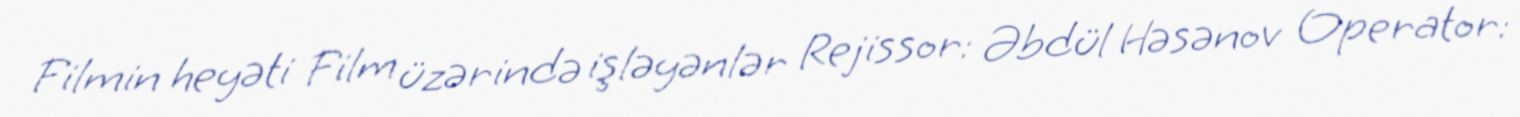
Filmin heyəti Film üzərində işləyənlər Rejissor: Əbdül Həsənov Operator: